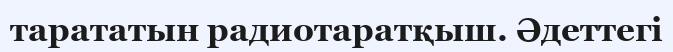
тарататын радиотаратқыш. Әдеттегі